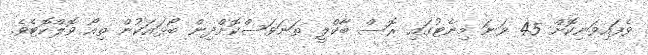
ވެފައިވަނިކޮށް 45 ވަނަ މިނެޓުގައި ރޮސް ބާކްލީ ތަނަވަސްކޮށްދިން ބޯޅައަކުން ތިއޯ ވޮލްކޮޓެވެ.